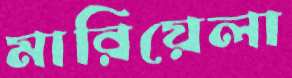
মারিয়েলা